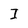
Character: I